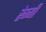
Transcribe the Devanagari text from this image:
रेग्गी